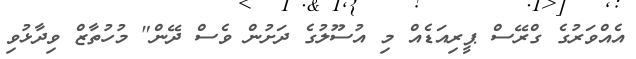
އެއްވަރުގެ ގްރޭސް ޕީރިއަޑެއް މި އުސޫލުގެ ދަށުން ވެސް ދޭން" މުހުތާޒް ވިދާޅުވި